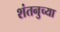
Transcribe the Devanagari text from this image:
शंतनुच्या